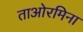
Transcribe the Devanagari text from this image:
ताओरमिना